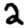
Digit: 2